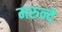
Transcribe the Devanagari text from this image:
मरुन्दे